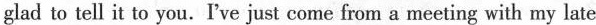
glad to tell it to you.I've just come from a meeting with my late